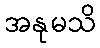
အနုမသိ